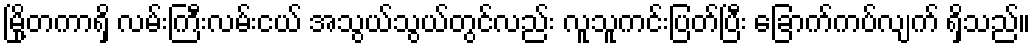
မြို့တကာရှိ လမ်းကြီးလမ်းငယ် အသွယ်သွယ်တွင်လည်း လူသူကင်းပြတ်ပြီး ခြောက်ကပ်လျက် ရှိသည်။